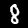
Digit: 8